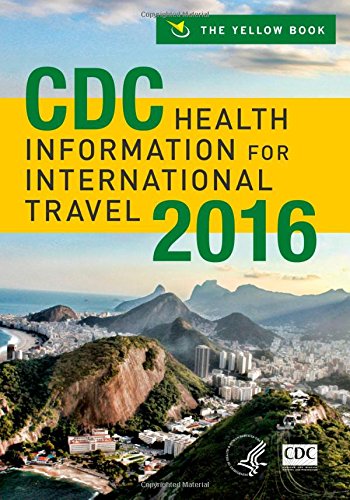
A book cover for CDC Health Information for International Travel 2016; Medical Books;